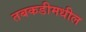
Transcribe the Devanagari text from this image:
तबकडीमधील